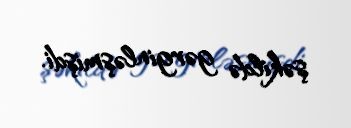
şəkildə gərginləşmişdi.